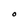
Character: O